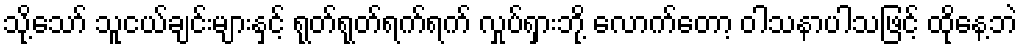
သို့သော် သူငယ်ချင်းများနှင့် ရုတ်ရုတ်ရက်ရက် လှုပ်ရှားဘို့ လောက်တော့ ဝါသနာပါသဖြင့် ထိုနေ့ဘဲ